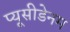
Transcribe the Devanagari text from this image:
प्यूसीडेनम